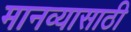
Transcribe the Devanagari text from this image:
मानव्यासाठी